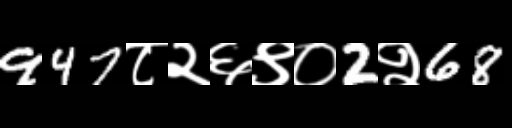
Text: 947८२६९०2२68